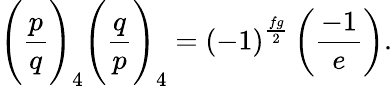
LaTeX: {\Bigg(}{\frac{p}{q}}{\Bigg)}_{4}{\Bigg(}{\frac{q}{p}}{\Bigg)}_{4}=\left(-1\right)^{\frac{fg}{2}}\left({\frac{-1}{e}}\right).